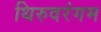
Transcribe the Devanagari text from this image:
थिरुवरंगम